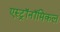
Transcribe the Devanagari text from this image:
एस्ट्रॉनॉमिकल